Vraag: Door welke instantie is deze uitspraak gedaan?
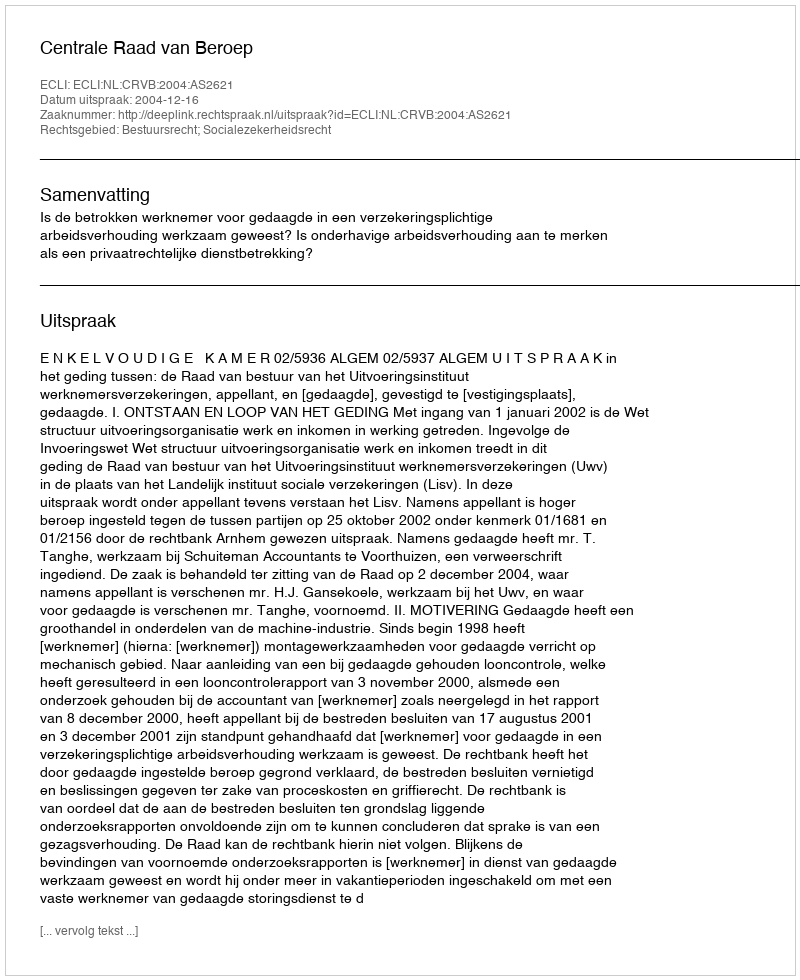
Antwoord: Centrale Raad van Beroep